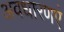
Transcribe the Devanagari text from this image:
अवधारणएं